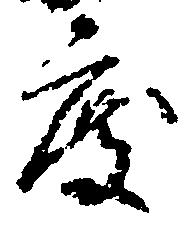
度